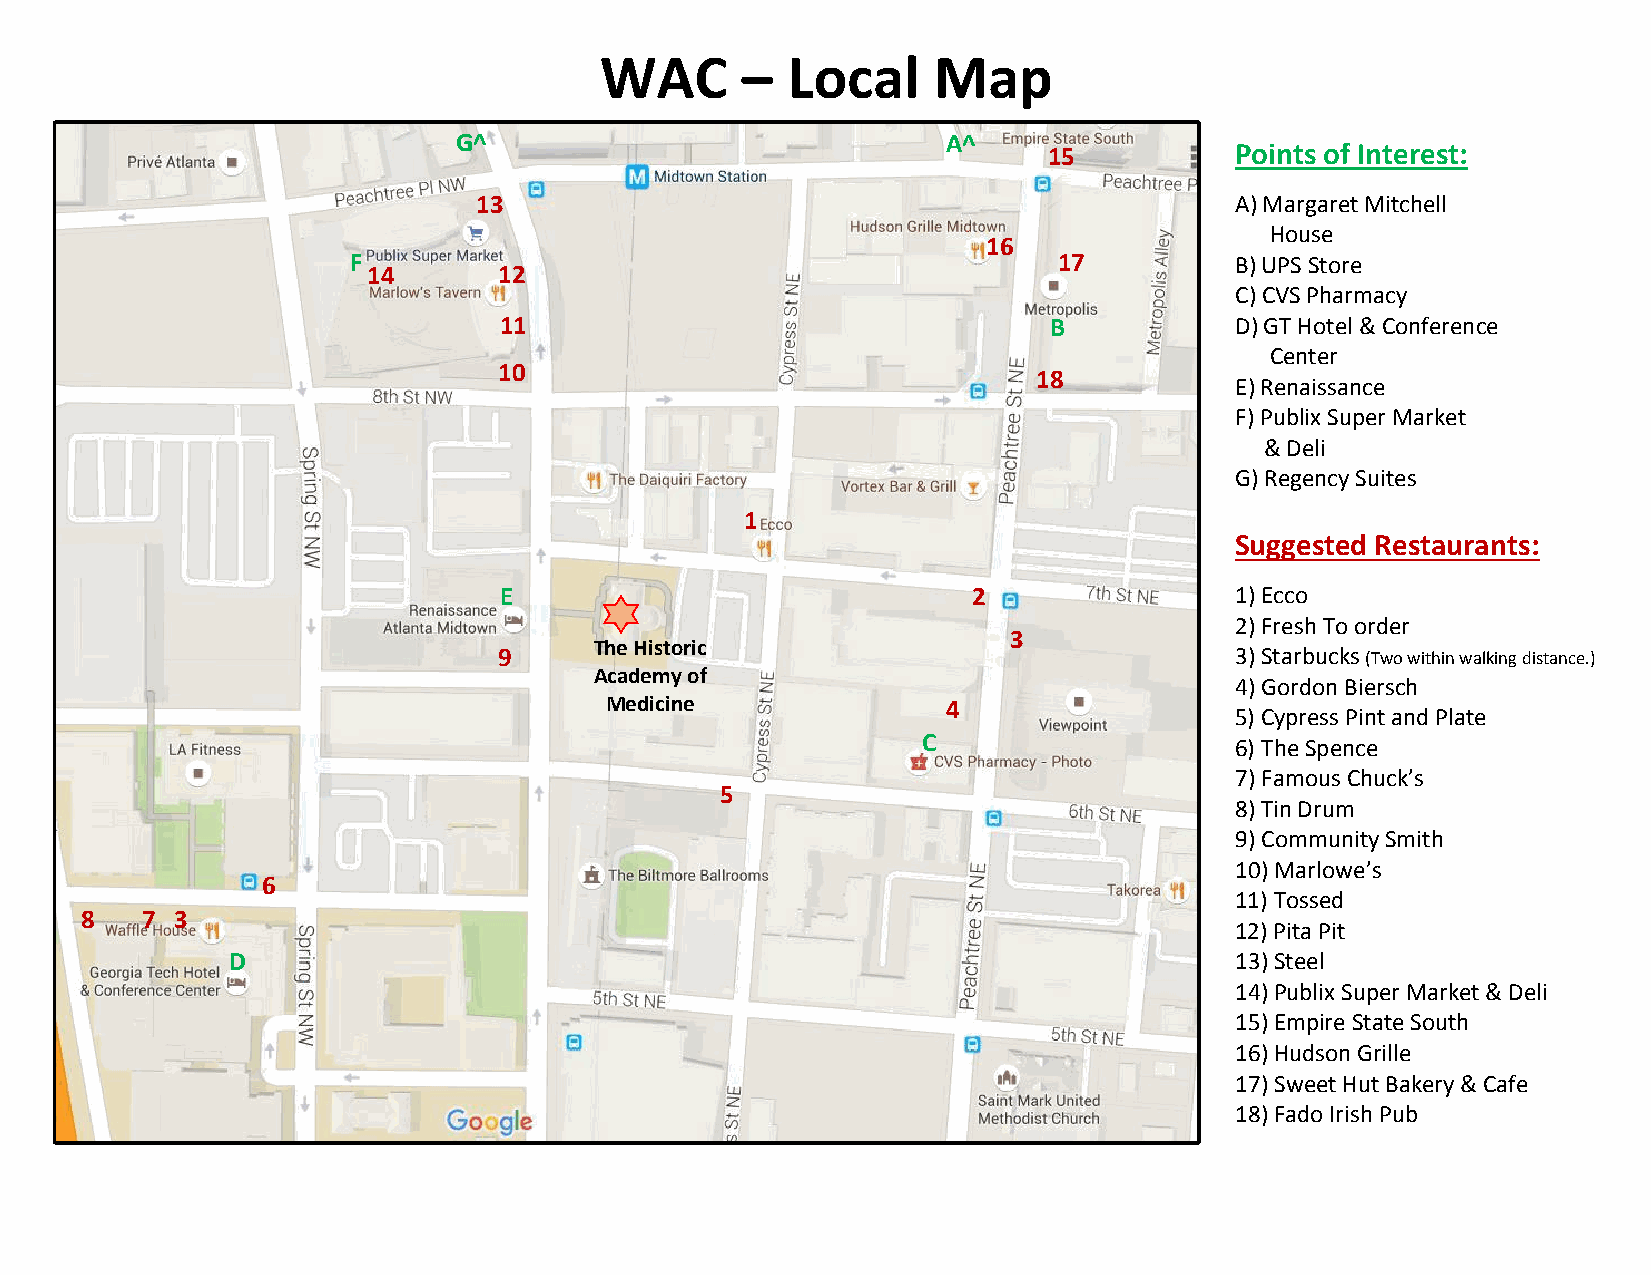
WAC      –  Local     Map
 G^                               A^
 15           Points of Interest:
 ^
 13                                                 A) Margaret Mitchell
 House
 16
 F                                              17          B) UPS Store
 14       12
 C) CVS Pharmacy
 11                                  B            D) GT Hotel & Conference
 Center
 1 0                                 1 8
 E) Renaissance
 F) Publix Super Market
 & Deli
 G) Regency Suites
 1
 Suggested Restaurants:
 E                              2                 1) Ecco
 2) Fresh To order
 3
 The Historic
 9                                                3) Starbucks (Two within walking distance.)
 Academy of
 4) Gordon Biersch
 Medicine               4
 5) Cypress Pint and Plate
 C                    6) The Spence
 7) Famous Chuck’s
 5
 8) Tin Drum
 9) Community Smith
 10) Marlowe’s
 6
 11) Tossed
 8   7  3
 12) Pita Pit
 D                                                                  13) Steel
 14) Publix Super Market & Deli
 15) Empire State South
 16) Hudson Grille
 17) Sweet Hut Bakery & Cafe
 18) Fado Irish Pub